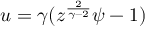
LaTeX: u = \gamma ( z ^ { \frac { 2 } { \gamma - 2 } } \psi - 1 )